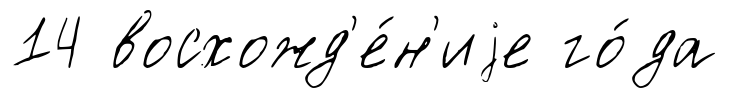
14 восхожд'е́н'иjе го́да